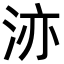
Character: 洂